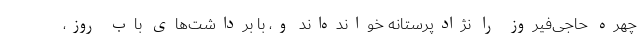
چهره حاجی‌فیروز را نژادپرستانه خوانده‌اند و، با برداشت‌های باب روز،